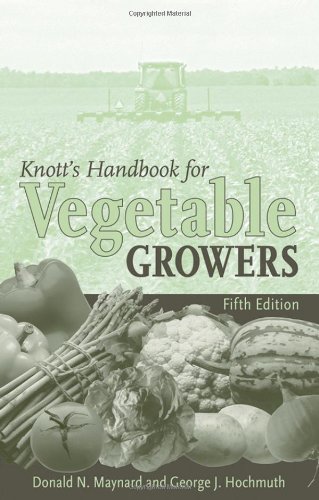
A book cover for Knott's Handbook for Vegetable Growers; Donald N. Maynard; Crafts, Hobbies & Home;